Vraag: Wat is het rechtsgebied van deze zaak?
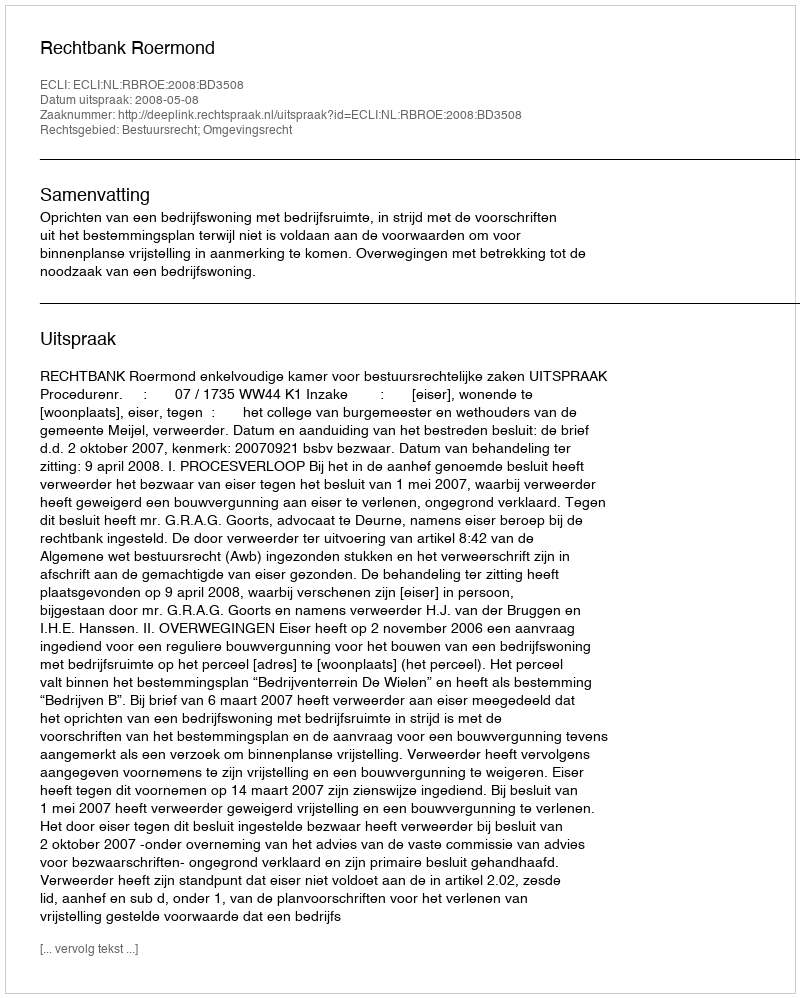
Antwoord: Bestuursrecht; Omgevingsrecht